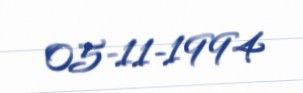
05-11-1994